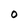
Character: O